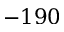
- 1 9 0